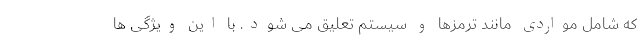
که شامل مواردی مانند ترمزها و سیستم تعلیق می شود. با این ویژگی ها